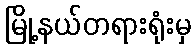
မြို့နယ်တရားရုံးမှ